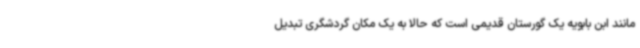
مانند ابن بابویه یک گورستان قدیمی است که حالا به یک مکان گردشگری تبدیل